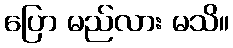
ပြော မည်လား မသိ။